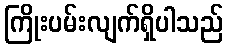
ကြိုးပမ်းလျက်ရှိပါသည်